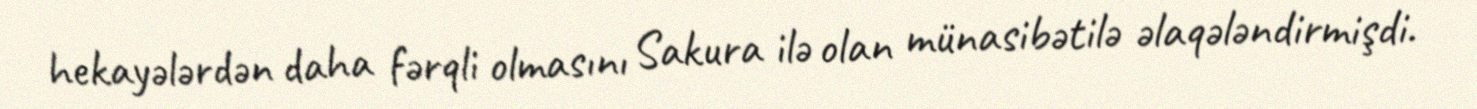
hekayələrdən daha fərqli olmasını Sakura ilə olan münasibətilə əlaqələndirmişdi.